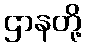
ဌာနတို့